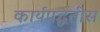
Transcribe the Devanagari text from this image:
कार्यपद्धतीस